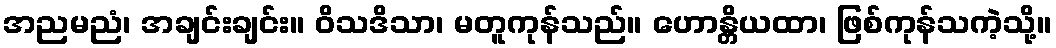
အညမညံ၊ အချင်းချင်း။ ဝိသဒိသာ၊ မတူကုန်သည်။ ဟောန္တိယထာ၊ ဖြစ်ကုန်သကဲ့သို့။